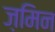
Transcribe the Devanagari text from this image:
ज़मिन